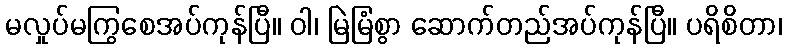
မလှုပ်မကြွစေအပ်ကုန်ပြီ။ ဝါ၊ မြဲမြံစွာ ဆောက်တည်အပ်ကုန်ပြီ။ ပရိစိတာ၊